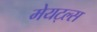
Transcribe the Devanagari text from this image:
मेयट्ल्स